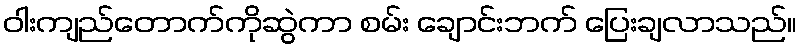
ဝါးကျည်တောက်ကိုဆွဲကာ စမ်း ချောင်းဘက် ပြေးချလာသည်။